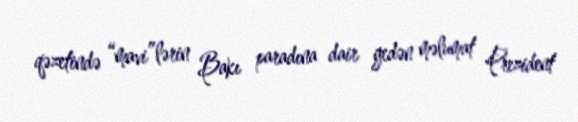
qəzetində “mavi”lərin Bakı paradına dair gedən məlumat Prezident